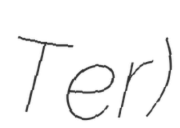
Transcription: Ter)